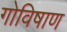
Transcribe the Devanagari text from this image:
गोविषाण